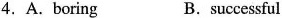
4. A.Boring B. successful